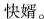
快婿。